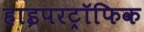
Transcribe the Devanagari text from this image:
हाइपरट्रॉफिक